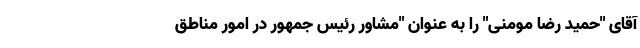
آقای "حمید رضا مومنی" را به عنوان "مشاور رئیس جمهور در امور مناطق